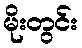
မိုးတွင်း